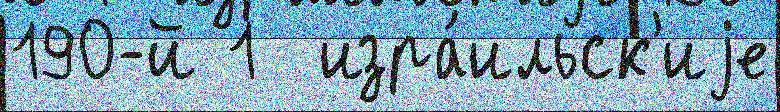
190-й 1  изра́ильск'иjе